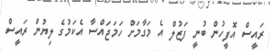
ރައީސް އޮފީހުން ބުނީ ފަޒުލް އެ މަގާމަށް ހަމަޖައްސާ އެކަމުގެ ލިޔުން ރައީސް